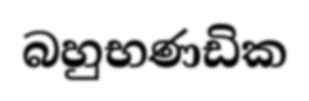
බහුභණඩික